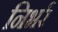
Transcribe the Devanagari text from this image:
निभर्र